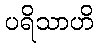
ပရိသာဟိ